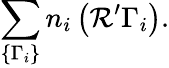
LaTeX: \sum_{\{ \Gamma_{i}\} }n_{i}\left({\cal R^{\prime}}\Gamma_{i}\right).